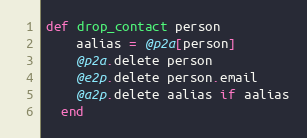
Language: Ruby
def drop_contact person
    aalias = @p2a[person]
    @p2a.delete person
    @e2p.delete person.email
    @a2p.delete aalias if aalias
  end